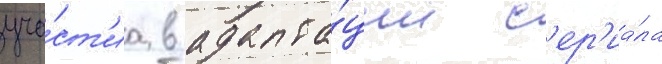
уча́ст'иа в адапта́ции с'ер'иа́ла